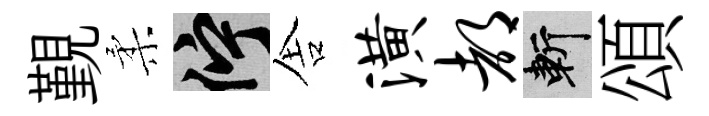
覲柔伫舎潢都斬頌